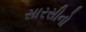
સારસીનો